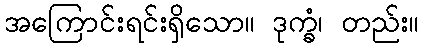
အကြောင်းရင်းရှိသော။ ဒုက္ခံ၊ တည်း။